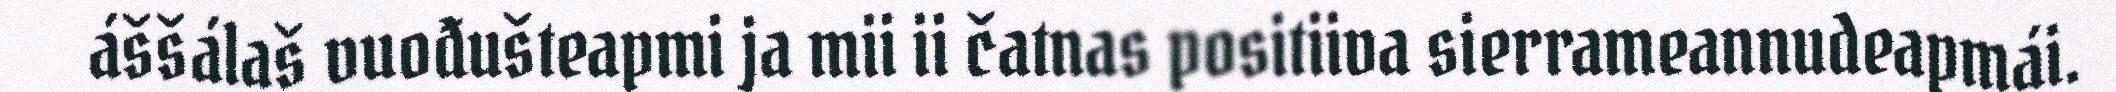
áššálaš vuođušteapmi ja mii ii čatnas positiiva sierrameannudeapmái.